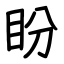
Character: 盼